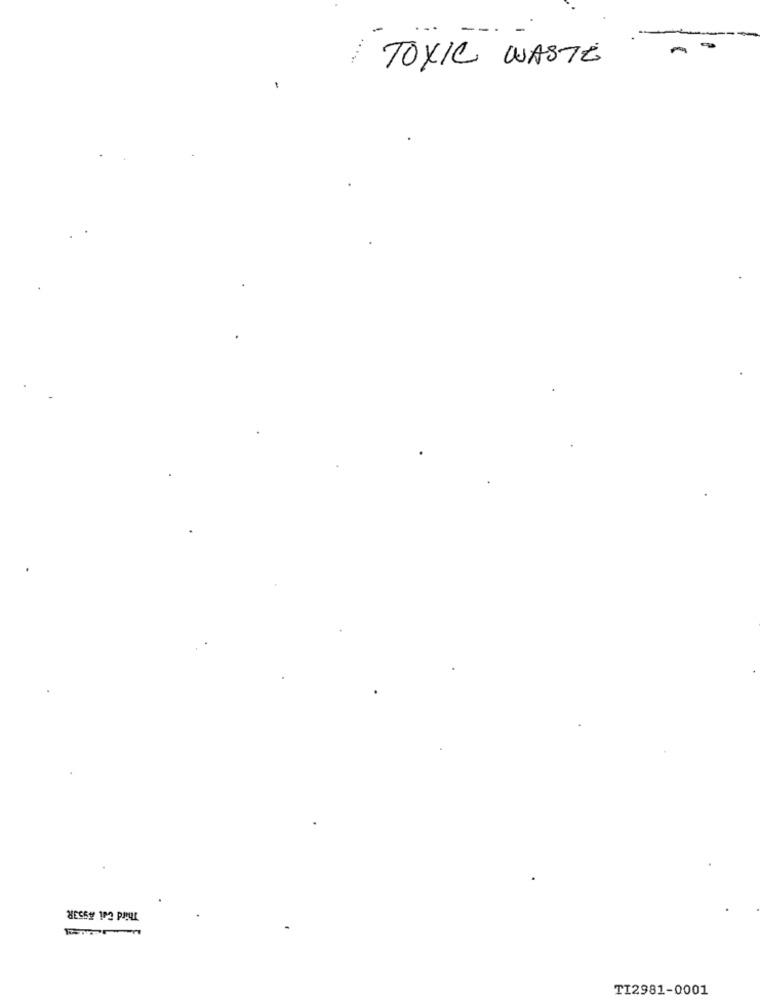
TOXIC WASTE
TI2981-0001